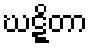
ဃဋ္ဋိတာ